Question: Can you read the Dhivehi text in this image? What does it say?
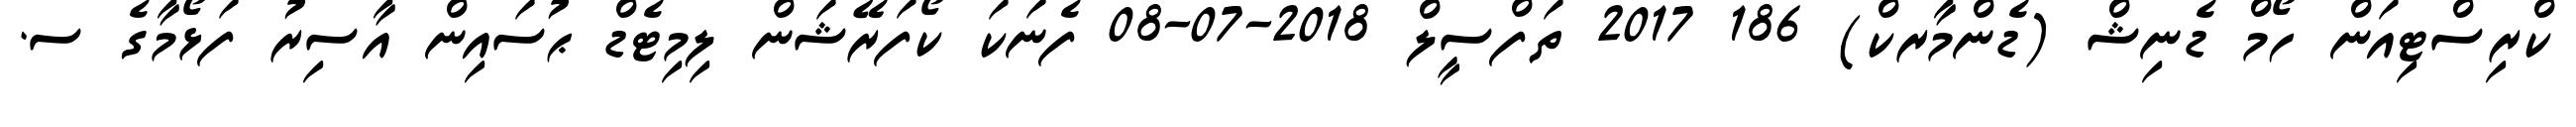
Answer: ކްރިސްޓިއަން ހޯމް ޑެނިޝް (ޑެންމާރކް) 186 2017 ތަފްސީލް 2018-07-08 ފެނަކަ ކޯފަރޭޝަން ލިމިޓެޑް ޙުސައިން އާސިރު ފަޅޯމާގެ ސ.